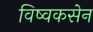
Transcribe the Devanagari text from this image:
विष्वकसेन